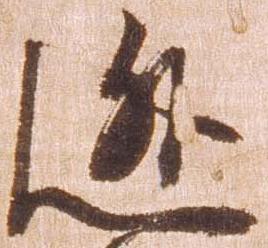
逃